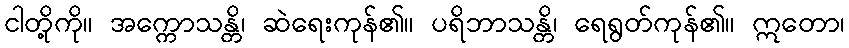
ငါတို့ကို။ အက္ကောသန္တိ၊ ဆဲရေးကုန်၏။ ပရိဘာသန္တိ၊ ရေရွတ်ကုန်၏။ ဣတော၊